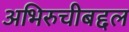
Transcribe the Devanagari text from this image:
अभिरुचीबद्दल